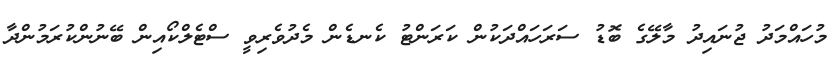
މުހައްމަދު ޖުނައިދު މާލޭގެ ބޮޑު ސަރަހައްދަކުން ކަރަންޓު ކެނޑެން މެދުވެރިވީ ސްޓެލްކޯއިން ބޭނުންކުރަމުންދާ